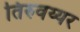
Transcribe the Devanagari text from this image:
तिरुवय्यर